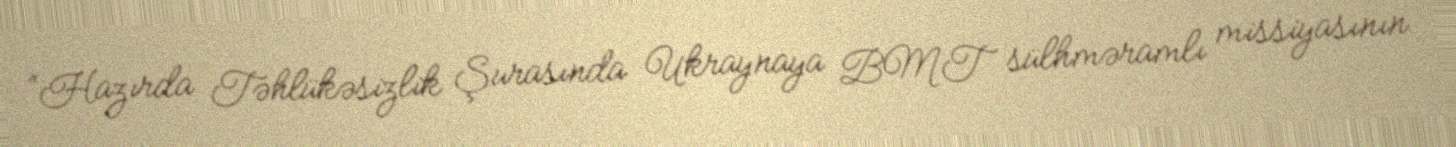
“Hazırda Təhlükəsizlik Şurasında Ukraynaya BMT sülhməramlı missiyasının